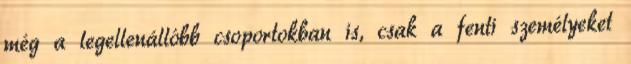
még a legellenállóbb csoportokban is, csak a fenti személyeket